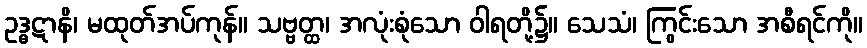
ဥဒ္ဓဋာနိ၊ မထုတ်အပ်ကုန်။ သဗ္ဗတ္ထ၊ အလုံးစုံသော ဝါရတို့၌။ သေသံ၊ ကြွင်းသော အစီရင်ကို။